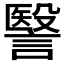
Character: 𧫦